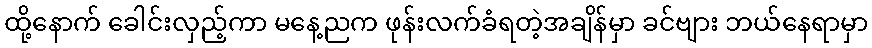
ထို့နောက် ခေါင်းလှည့်ကာ မနေ့ညက ဖုန်းလက်ခံရတဲ့အချိန်မှာ ခင်ဗျား ဘယ်နေရာမှာ